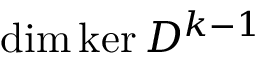
\mathrm { d i m } \ker D ^ { k - 1 }